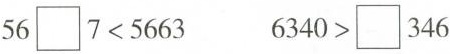
$$56\square 7<5663$$ $$6340>\square 346$$